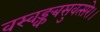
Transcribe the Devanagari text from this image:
वस्वङ्कबसुवत्सरे।।